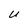
Character: u